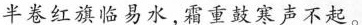
半卷红旗临易水，霜重鼓寒声不起。